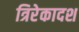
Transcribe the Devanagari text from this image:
त्रिरेकादश